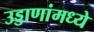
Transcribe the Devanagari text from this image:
उड्डाणांमध्ये